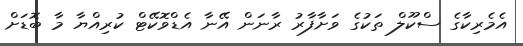
އެމެރިކާގެ ސްކޫލް ތަކުގެ ވަށާފާރު ރާނަން އޭނާ އެޑްވޮކޭޓް ކުރިއްޔާ މާ ބޮޑަށް